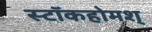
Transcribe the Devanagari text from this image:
स्टॉकहोमश्